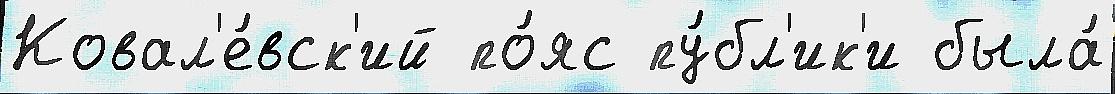
Ковал'е́вск'ий по́яс пу́бл'ик'и была́